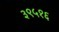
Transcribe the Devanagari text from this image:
३९५१६